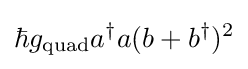
\hbar g_{\text{quad}}a^{\dagger }a(b+b^{\dagger })^{2}